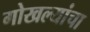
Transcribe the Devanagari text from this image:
गोखल्यांचा